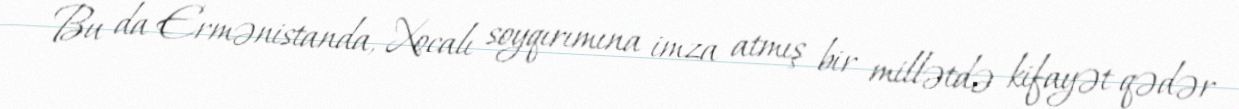
Bu da Ermənistanda, Xocalı soyqırımına imza atmış bir millətdə kifayət qədər